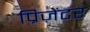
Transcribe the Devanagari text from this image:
प्रिज़ेंटर